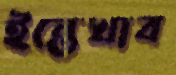
ইন্তেখাব